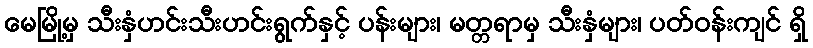
မေမြို့မှ သီးနှံဟင်းသီးဟင်းရွက်နှင့် ပန်းများ၊ မတ္တရာမှ သီးနှံများ၊ ပတ်ဝန်းကျင် ရှိ